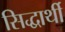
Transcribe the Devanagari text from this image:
सिद्धार्थी